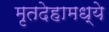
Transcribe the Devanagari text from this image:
मृतदेहामध्ये